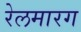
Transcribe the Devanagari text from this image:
रेलमारग